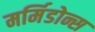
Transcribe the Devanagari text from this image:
मर्मिडोन्स